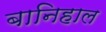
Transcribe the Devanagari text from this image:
बानिहाल